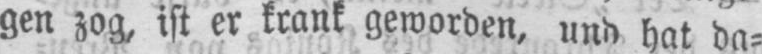
gen zog, ist er krank geworden, und hat da⸗